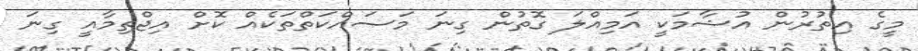
މީގެ އިތުރުން އުޝާމަކީ އަމިއްލަ ގޮތުން ގިނަ މަސައްކަތްތަކެއް ކޮށް އިޖްތިމާއީ ގިނަ